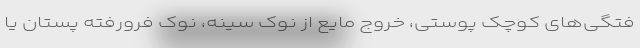
فتگی‌های کوچک پوستی، خروج مایع از نوک سینه، نوک فرورفتهٔ پستان یا